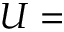
U =